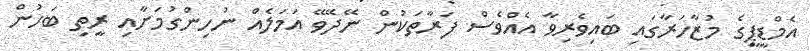
އެމްޑީޕީގެ މުޒާހަރާގައި ބައިވެރިވާ އެއްވެސް ފަރާތަކުން ނޭދޭވޭ އަމަލެއް ނުހިންގުމަށާއި ރީތި ބަހުން